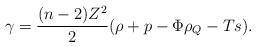
LaTeX: \begin{align*}\gamma = \frac{(n-2)Z^2}{2}(\rho + p - \Phi\rho_Q - Ts).\end{align*}